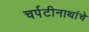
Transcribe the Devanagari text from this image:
चर्पटीनाथांचे